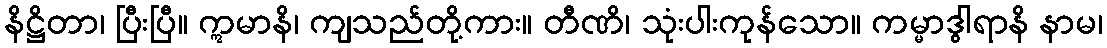
နိဋ္ဌိတာ၊ ပြီးပြီ။ ဣမာနိ၊ ကျသည်တို့ကား။ တီဏိ၊ သုံးပါးကုန်သော။ ကမ္မာဒွါရာနိ နာမ၊